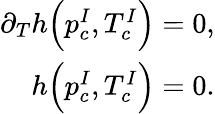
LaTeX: \begin{array}{r}{\partial_{T}h\Big(p_{c}^{I},T_{c}^{I}\Big)=0,}\\ {h\Big(p_{c}^{I},T_{c}^{I}\Big)=0.}\end{array}